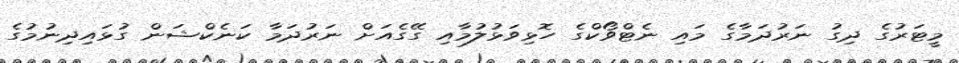
މީޓަރުގެ ދިގު ނަރުދަމާގެ މައި ނެޓްވޯކްގެ ހޮޅިވަޅުލުމާއި ގޭގެއަށް ނަރުދަމާ ކަނެކްޝަން ގުޅައިދިނުމުގެ